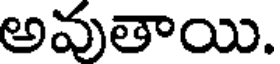
అవుతాయి.